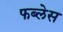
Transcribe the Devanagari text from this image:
फब्लेस